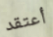
أعتقد